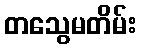
တသွေမတိမ်း